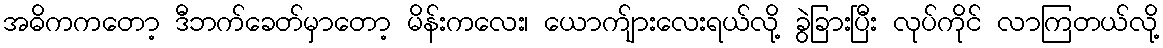
အဓိကကတော့ ဒီဘက်ခေတ်မှာတော့ မိန်းကလေး၊ ယောက်ျားလေးရယ်လို့ ခွဲခြားပြီး လုပ်ကိုင် လာကြတယ်လို့